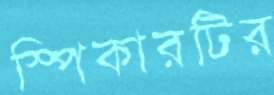
স্পিকারটির